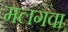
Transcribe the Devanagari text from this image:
मलंगवा